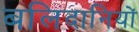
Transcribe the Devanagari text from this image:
बलिदानियों